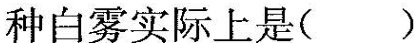
种白雾实际上是()